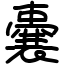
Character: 嚢